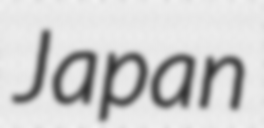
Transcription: Japan